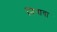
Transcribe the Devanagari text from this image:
निनावा